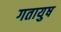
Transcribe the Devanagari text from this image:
गतायुष